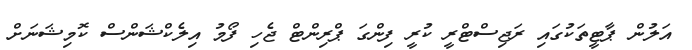
އަލުން ޕާޓީތަކުގައި ރަޖިސްޓްރީ ކުރީ ފިންގަ ޕްރިންޓް ޖެހި ފޯމު އިލެކްޝަންސް ކޮމިޝަނަށް